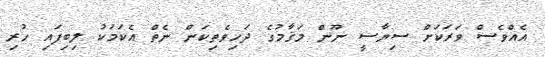
އެއްވެސް ވަރަކަށް ސިޔާސީ ނޫން މަޤާމުގެ ދަހިވެތިކަން ނެތް އެކަމަކު ލިބިފައި ހުރި